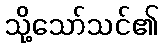
သို့သော်သင်၏